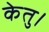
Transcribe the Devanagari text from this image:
केतु।